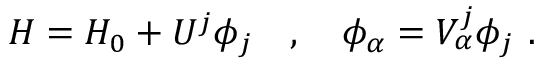
H = H _ { 0 } + U ^ { j } \phi _ { j } \ \ \ , \ \ \ \phi _ { \alpha } = V _ { \alpha } ^ { j } \phi _ { j } \ .